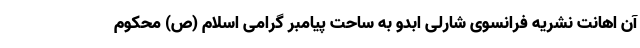
آن اهانت نشریه فرانسوی شارلی ابدو به ساحت پیامبر گرامی اسلام (ص) محکوم